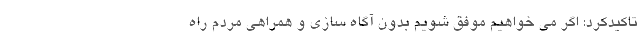
تاکیدکرد: اگر می خواهیم موفق شویم بدون آگاه سازی و همراهی مردم راه